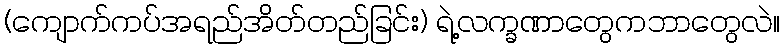
(ကျောက်ကပ်အရည်အိတ်တည်ခြင်း) ရဲ့လက္ခဏာတွေကဘာတွေလဲ။